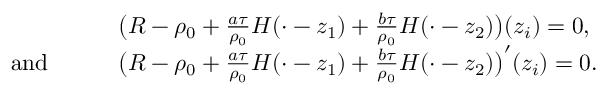
\begin{array} { r l } & { \big ( R - \rho _ { 0 } + \frac { a \tau } { \rho _ { 0 } } H ( \cdot - z _ { 1 } ) + \frac { b \tau } { \rho _ { 0 } } H ( \cdot - z _ { 2 } ) \big ) ( z _ { i } ) = 0 , } \\ { \mathrm { a n d } \qquad } & { \big ( R - \rho _ { 0 } + \frac { a \tau } { \rho _ { 0 } } H ( \cdot - z _ { 1 } ) + \frac { b \tau } { \rho _ { 0 } } H ( \cdot - z _ { 2 } ) \big ) ^ { \prime } ( z _ { i } ) = 0 . } \end{array}